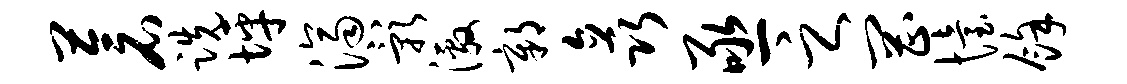
苍跣坪济影激鄣矗亟之罔怡余